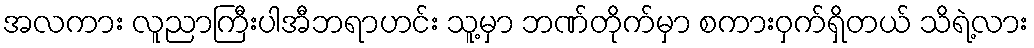
အလကား လူညာကြီးပါအီဘရာဟင်း သူ့မှာ ဘဏ်တိုက်မှာ စကားဝှက်ရှိတယ် သိရဲ့လား